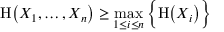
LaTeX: \mathrm { H } { \bigl ( } X _ { 1 } , \ldots , X _ { n } { \bigr ) } \geq \operatorname* { m a x } _ { 1 \leq i \leq n } { \Bigl \{ } \mathrm { H } { \bigl ( } X _ { i } { \bigr ) } { \Bigr \} }